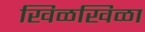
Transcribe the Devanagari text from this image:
खिळखिळा